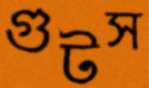
গুটস